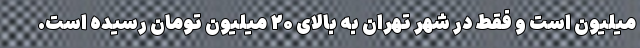
میلیون است و فقط در شهر تهران به بالای ۲۰ میلیون تومان رسیده است.